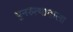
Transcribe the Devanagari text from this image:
पुनरुत्थानाला